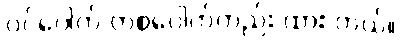
ဝင်ပေါက် တစ်ပေါက်တည်း ထား တယ်။